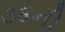
૩૪ની